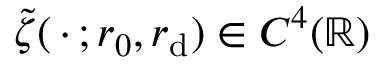
\tilde { \zeta } ( \mathrel { \, \cdot \, } ; r _ { 0 } , r _ { \mathrm { d } } ) \in C ^ { 4 } ( \mathbb { R } )